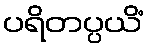
ပရိတပ္ပယိံ